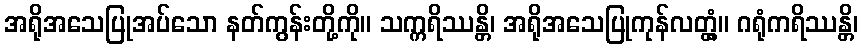
အရိုအသေပြုအပ်သော နတ်ကွန်းတို့ကို။ သက္ကရိဿန္တိ၊ အရိုအသေပြုကုန်လတ္တံ့။ ဂရုံကရိဿန္တိ၊